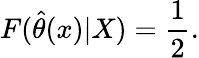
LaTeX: F({\widehat{\theta}}(x)|X)={\frac{1}{2}}.